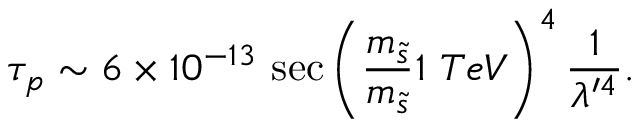
\tau _ { p } \sim 6 \times 1 0 ^ { - 1 3 } ~ \mathrm { s e c } \left( \frac { m _ { \tilde { s } } } { m _ { \tilde { s } } } { 1 ~ T e V } \right) ^ { 4 } \frac { 1 } { \lambda ^ { \prime 4 } } .